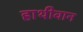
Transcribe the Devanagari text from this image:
हाथीवान